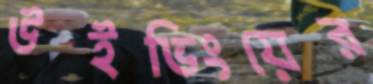
উইভিংয়ের